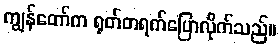
ကျွန်တော်က ရုတ်တရက်ပြောလိုက်သည်။